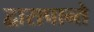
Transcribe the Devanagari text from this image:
द्वारापान्ते